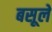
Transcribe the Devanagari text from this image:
बसूले